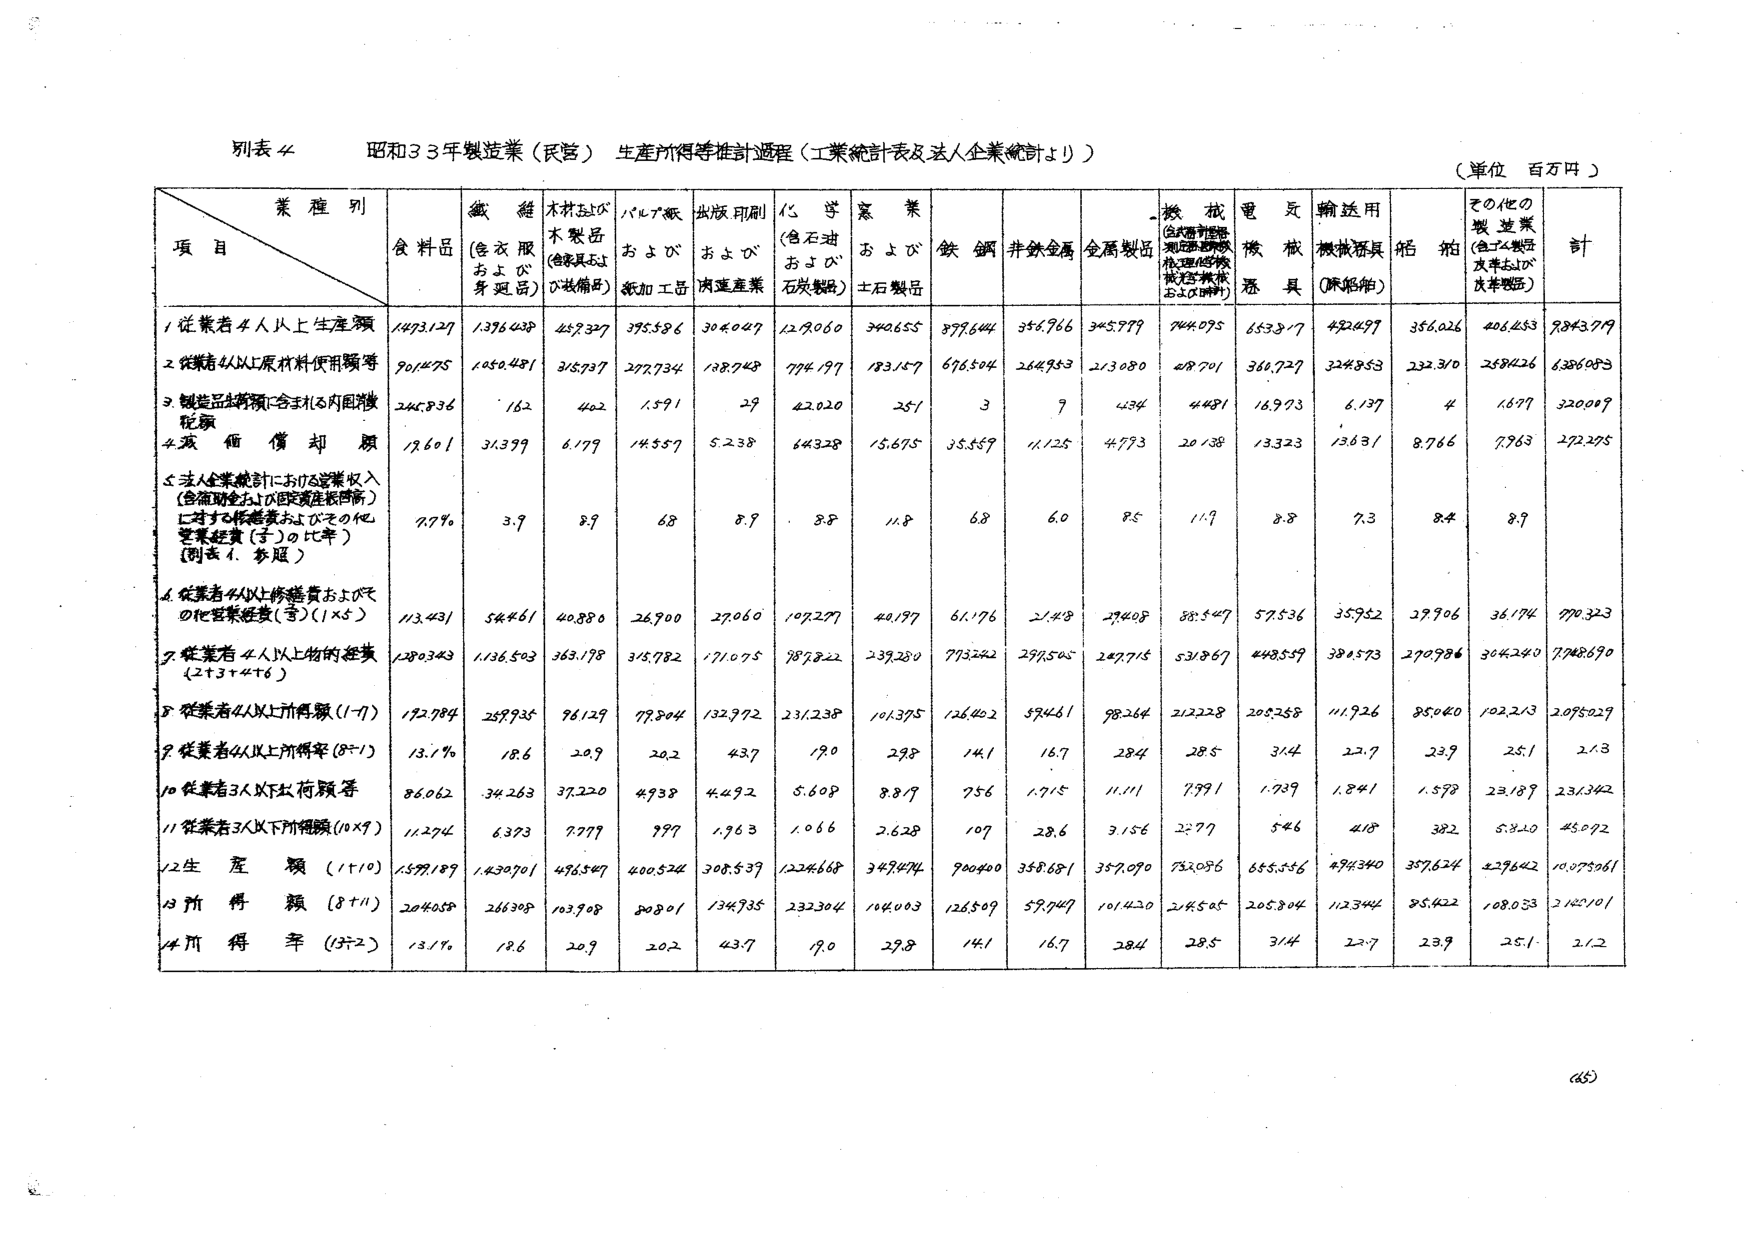
別表44 昭和33年製造業（民営）生産所得等推計過程（工業統計表及法人企業統計より）
（単位 百万円）

業種別
項目
食品業
繊維（含衣服および身近品）
木材および木製品（含家具および設備品）
パルプ紙および紙加工品
出版印刷および関連産業
化学（含石油および石炭製品）
窯業および土石製品
鉄鋼
非鉄金属
金属製品
機械（含計測計器、測定器、電気機械、理化学機械、精密機械および計器）
電気機械器具
輸送用機械器具（除船舶）
船舶
その他の製造業（含ゴム製品、皮革および皮革製品）
計

1 従業者4人以上生産額
1473127 1376438 457327 395586 304047 1278060 340655 877644 356766 345779 744075 653817 452497 356026 406653 9843719

2 従業者4人以上原材料使用額等
901475 1050481 315737 277734 138748 774197 183157 676504 264753 213080 48701 360727 324853 232310 258126 6385083

3 製造品出荷額に含まれる内国消費税額
245836 162 402 1591 29 42020 251 3 7 434 4481 16973 6137 4 1677 320009

4 減価償却額
18601 31399 6179 14557 5238 64328 15675 35559 11125 4773 20138 13323 13631 8766 7763 272275

5 法人企業統計における営業収入（金額現金および固定資産取得額）に対する修繕費およびその他営業経費（子）の比率（別表4、参照）
7.7% 3.9 8.9 6.8 8.9 8.8 11.8 6.8 6.0 8.5 11.9 8.8 7.3 8.4 8.9

6 従業者4人以上修繕費およびその他営業経費（寄）（1×5）
113431 54461 40880 26900 27060 107277 40197 61176 21418 29408 88547 57536 35952 29706 36174 770323

7 従業者4人以上物的経費（2+3+4+6）
1280343 1136503 363178 315782 171075 987822 239280 773242 297505 247715 531867 448557 380573 270786 304240 7148690

8 従業者4人以上所得額（1-7）
172784 259735 96129 77804 132972 231238 101375 126402 59461 98264 212228 205258 111926 85040 102213 2095029

9 従業者4人以上所得率（8÷1）
13.1% 18.6 20.9 20.2 43.7 19.0 29.8 14.1 16.7 28.4 28.5 31.4 22.7 23.9 25.1 21.3

10 従業者3人以下所得額等
86062 34263 37220 4938 4492 5608 8819 756 1715 11111 7991 1739 1841 1598 23189 231362

11 従業者3人以下所得額（10×7）
11274 6373 7777 997 1963 1066 2628 107 28.6 3156 2277 546 418 382 5820 45092

12 生産額（1+10）
1599189 1430701 496547 400524 308539 1224668 349474 900400 358681 357090 753096 655556 494340 357624 429642 10075061

13 所得額（8+11）
204058 266308 103908 80801 134935 232304 114003 126509 59747 101420 214505 205804 112344 85122 108033 2140101

14 所得率（13÷12）
13.1% 18.6 20.9 20.2 43.7 19.0 29.8 14.1 16.7 28.4 28.5 31.4 22.7 23.9 25.1 21.2

(45)